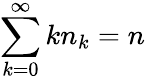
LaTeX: \sum_{k=0}^{\infty}kn_{k}=n